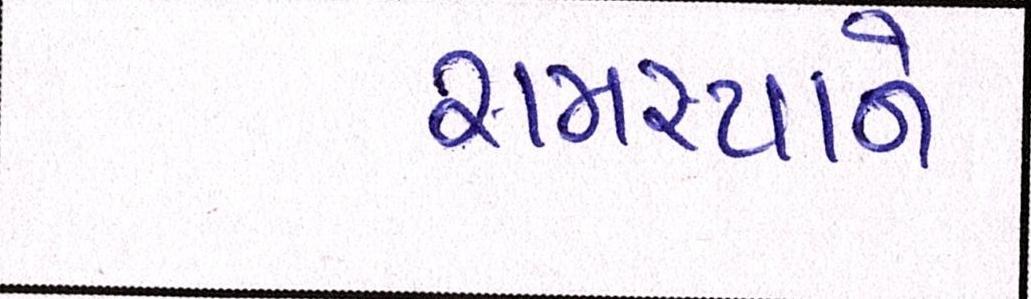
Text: સમસ્યાને